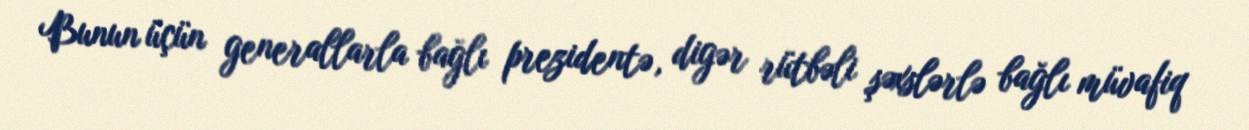
Bunun üçün generallarla bağlı prezidentə, digər rütbəli şəxslərlə bağlı müvafiq